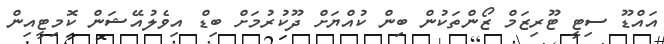
އައްޑޫ ސިޓީ ޓޫރިޒަމް ޒޯންތަކުން ބިން ކުއްޔަށް ދޫކުރުމަށް ބިޑް އިވެލުއޭޝަން ކޮމިޓީއިން